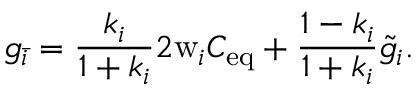
g _ { \bar { i } } = \frac { k _ { i } } { 1 + k _ { i } } 2 \mathrm { w } _ { i } C _ { \mathrm { e q } } + \frac { 1 - k _ { i } } { 1 + k _ { i } } \tilde { g } _ { i } .